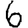
Digit: 6